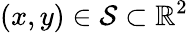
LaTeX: (x,y)\in\mathcal{S}\subset\mathbb{R}^{2}